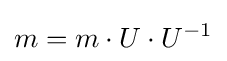
m=m\cdot U\cdot U^{-1}